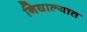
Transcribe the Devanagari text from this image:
निघाल्यात